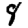
Digit: 8